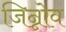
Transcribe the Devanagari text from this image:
जिन्नोव